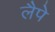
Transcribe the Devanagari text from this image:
लैपे